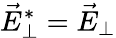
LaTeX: \vec{E}_{\perp}^{*}=\vec{E}_{\perp}